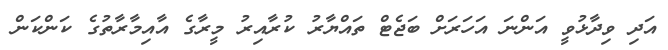
އަދި ވިދާޅުވީ އަންނަ އަހަރަށް ބަޖެޓް ތައްޔާރު ކުރާއިރު މީރާގެ އާއިމާރާތުގެ ކަންކަން